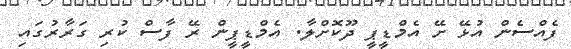
ފެއްސެން އުޅޭ ށޭ އެމްޑީޕީ ދޫކޮށްލާ. އެމްޑީޕީން ރޭ ފާސް ކުރި ގަރާރުގައި